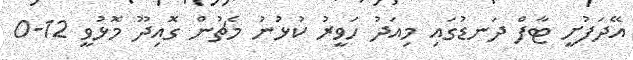
އޭދަފުށީ ޓާފް ދަނޑުގައި މިއަދު ހަވީރު ކުޅުނު މެޗުން ގޮއިދޫ މޮޅުވީ 12-0